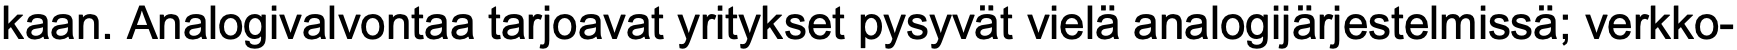
kaan. Analogivalvontaa tarjoavat yritykset pysyvät vielä analogijärjestelmissä; verkko-